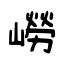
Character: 嶗